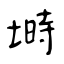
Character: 塒